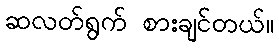
ဆလတ်ရွက် စားချင်တယ်။